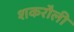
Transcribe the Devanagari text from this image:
शकरौली